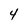
Character: 4